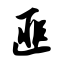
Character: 匪